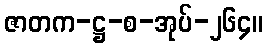
ဇာတက-ဋ္ဌ-စ-အုပ်-၂၆၄။